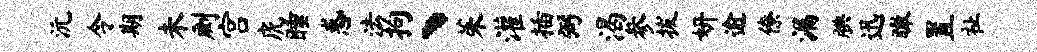
沅令期未劂宫虎睡惑法拘丶茱灌插弼渴参拔妍逾僚漏腆迅瞰置祉